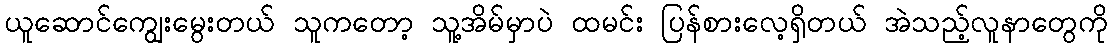
ယူဆောင်ကျွေးမွေးတယ် သူကတော့ သူ့အိမ်မှာပဲ ထမင်း ပြန်စားလေ့ရှိတယ် အဲသည့်လူနာတွေကို